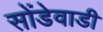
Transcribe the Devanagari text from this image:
सोंडेवाडी